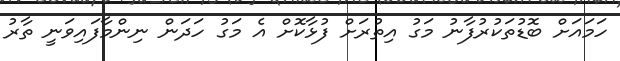
ހަމައަށް ބޮޑުތަކުރުފާނު މަގު އިތުރަށް ފުޅާކޮށް އެ މަގު ހަދަން ނިންމާފައިވަނީ ތާރު